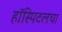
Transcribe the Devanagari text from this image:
हॉस्पिटलचा